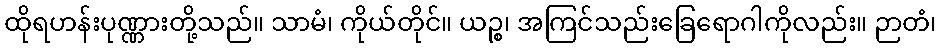
ထိုရဟန်းပုဏ္ဏားတို့သည်။ သာမံ၊ ကိုယ်တိုင်။ ယဉ္စ၊ အကြင်သည်းခြေရောဂါကိုလည်း။ ဉာတံ၊